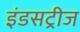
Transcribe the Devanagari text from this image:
इंडसट्रीज